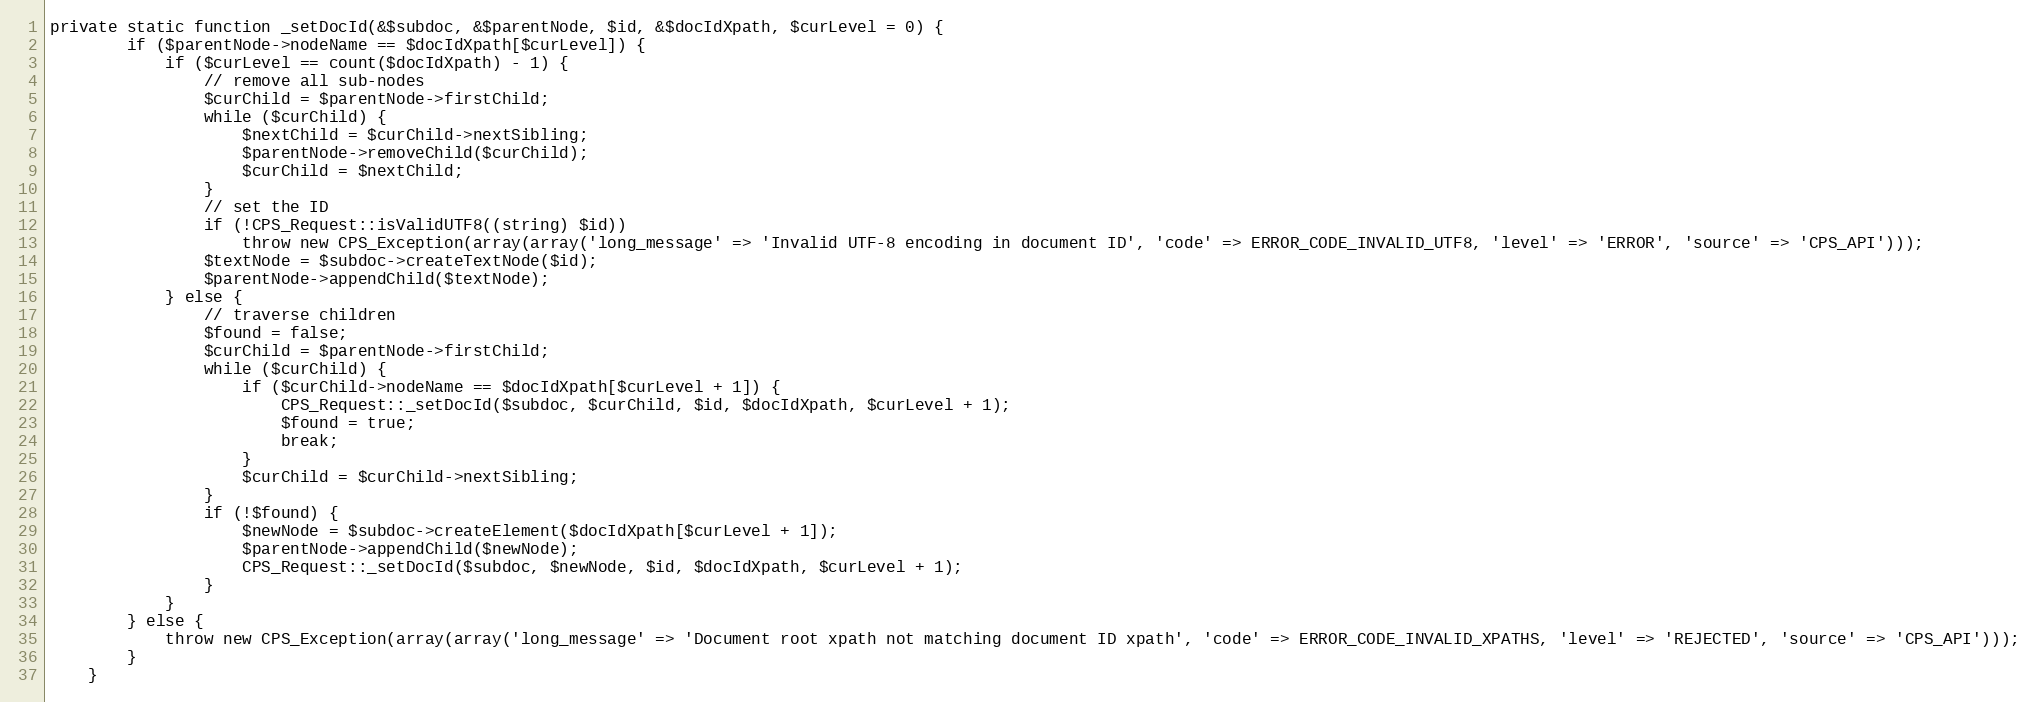
Language: PHP
private static function _setDocId(&$subdoc, &$parentNode, $id, &$docIdXpath, $curLevel = 0) {
        if ($parentNode->nodeName == $docIdXpath[$curLevel]) {
            if ($curLevel == count($docIdXpath) - 1) {
                // remove all sub-nodes
                $curChild = $parentNode->firstChild;
                while ($curChild) {
                    $nextChild = $curChild->nextSibling;
                    $parentNode->removeChild($curChild);
                    $curChild = $nextChild;
                }
                // set the ID
                if (!CPS_Request::isValidUTF8((string) $id))
                	throw new CPS_Exception(array(array('long_message' => 'Invalid UTF-8 encoding in document ID', 'code' => ERROR_CODE_INVALID_UTF8, 'level' => 'ERROR', 'source' => 'CPS_API')));
                $textNode = $subdoc->createTextNode($id);
                $parentNode->appendChild($textNode);
            } else {
                // traverse children
                $found = false;
                $curChild = $parentNode->firstChild;
                while ($curChild) {
                    if ($curChild->nodeName == $docIdXpath[$curLevel + 1]) {
                        CPS_Request::_setDocId($subdoc, $curChild, $id, $docIdXpath, $curLevel + 1);
                        $found = true;
                        break;
                    }
                    $curChild = $curChild->nextSibling;
                }
                if (!$found) {
                    $newNode = $subdoc->createElement($docIdXpath[$curLevel + 1]);
                    $parentNode->appendChild($newNode);
                    CPS_Request::_setDocId($subdoc, $newNode, $id, $docIdXpath, $curLevel + 1);
                }
            }
        } else {
            throw new CPS_Exception(array(array('long_message' => 'Document root xpath not matching document ID xpath', 'code' => ERROR_CODE_INVALID_XPATHS, 'level' => 'REJECTED', 'source' => 'CPS_API')));
        }
    }